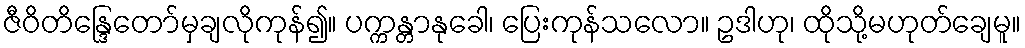
ဇီဝိတိန္ဒြေတော်မှချလိုကုန်၍။ ပက္ကန္တာနုခေါ၊ ပြေးကုန်သလော။ ဥဒါဟု၊ ထိုသို့မဟုတ်ချေမူ။